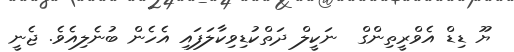
ޔޫ ޑިޑް އެވްރީތިންގް  ނަކީލް ދަތްކުޑިވިކާލަފައި އެހެން ބުނެލިއެވެ. ޖެނީ